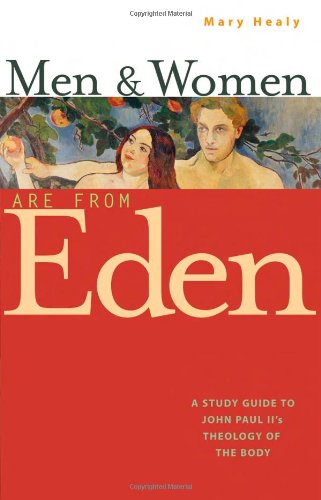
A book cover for Men and Women Are From Eden: A Study Guide to John Paul II's Theology of the Body; Mary Healy; Arts & Photography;